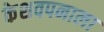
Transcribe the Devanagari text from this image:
केशवपनाला